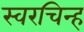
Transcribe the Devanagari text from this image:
स्वरचिन्ह